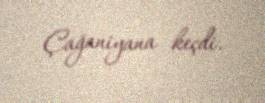
Çağaniyana keçdi.